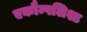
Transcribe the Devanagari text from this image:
एकौम्पलिश्ड